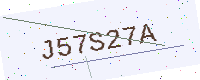
Text: J57S27A